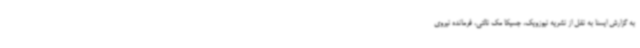
به گزارش ایسنا به نقل از نشریه نیوزویک، جسیکا مک نالتی، فرمانده نیروی